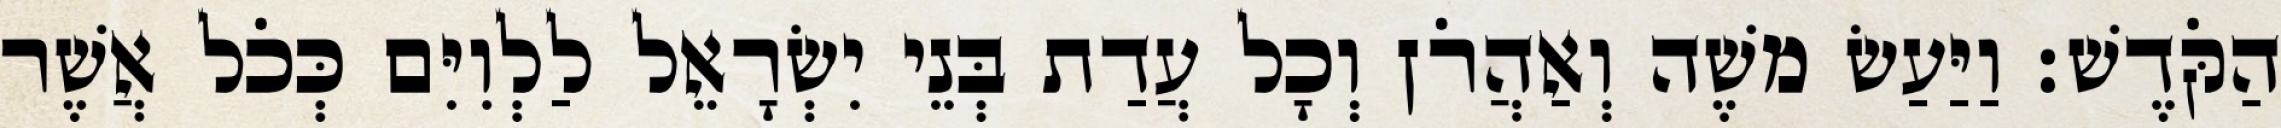
הַקֹּדֶשׁ׃ וַיַּעַשׂ משֶׁה וְאַהֲרֹן וְכָל עֲדַת בְּנֵי יִשְׂרָאֵל לַלְוִיִּם כְּכֹל אֲשֶׁר